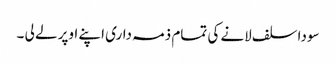
سودا سلف لانے کی تمام ذمہ داری اپنے اوپر لے لی ۔